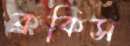
ক্রকিস